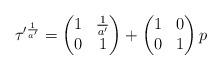
LaTeX: \begin{align*}\tau'^{\frac{1}{a'}} = \begin{pmatrix} 1 & \frac{1}{a'} \\ 0 & 1 \end{pmatrix} + \begin{pmatrix} 1 & 0 \\ 0 & 1 \end{pmatrix} p\end{align*}